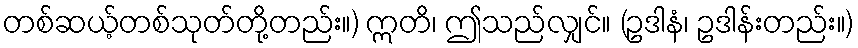
တစ်ဆယ့်တစ်သုတ်တို့တည်း။) ဣတိ၊ ဤသည်လျှင်။ (ဥဒါနံ၊ ဥဒါန်းတည်း။)